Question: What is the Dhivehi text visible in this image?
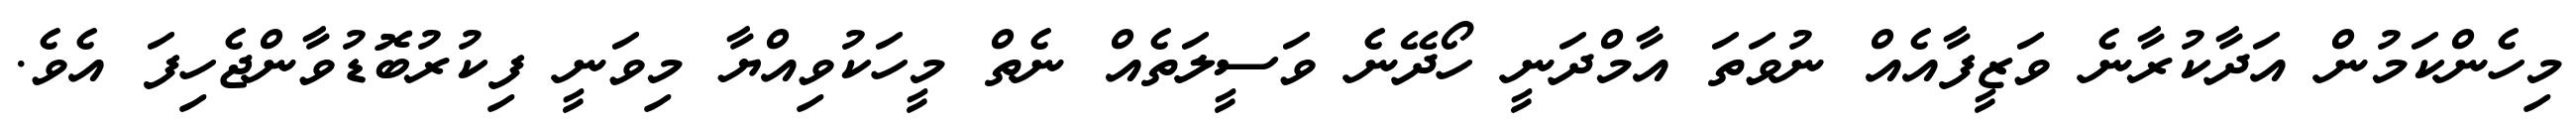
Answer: މިހެންކަމުން އަދާކުރާނެ ވަޒީފާއެއް ނުވަތަ އާމްދަނީ ހޯދޭނެ ވަސީލަތެއް ނެތް މީހަކުވިއްޔާ މިވަނީ ފިކުރުބޮޑުވާންޖެހިފަ އެވެ.